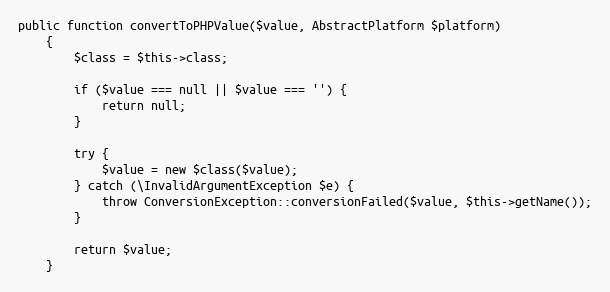
Language: PHP
public function convertToPHPValue($value, AbstractPlatform $platform)
    {
        $class = $this->class;

        if ($value === null || $value === '') {
            return null;
        }

        try {
            $value = new $class($value);
        } catch (\InvalidArgumentException $e) {
            throw ConversionException::conversionFailed($value, $this->getName());
        }

        return $value;
    }